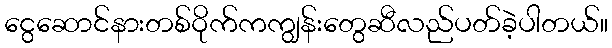
ငွေဆောင်နားတစ်ဝိုက်ကကျွန်းတွေဆီလည်ပတ်ခဲ့ပါတယ်။